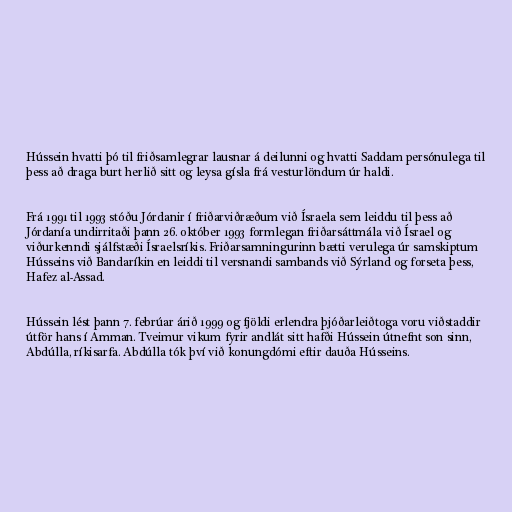
Hússein hvatti þó til friðsamlegrar lausnar á deilunni og hvatti Saddam persónulega til
þess að draga burt herlið sitt og leysa gísla frá vesturlöndum úr haldi.

Frá 1991 til 1993 stóðu Jórdanir í friðarviðræðum við Ísraela sem leiddu til þess að
Jórdanía undirritaði þann 26. október 1993 formlegan friðarsáttmála við Ísrael og
viðurkenndi sjálfstæði Ísraelsríkis. Friðarsamningurinn bætti verulega úr samskiptum
Hússeins við Bandaríkin en leiddi til versnandi sambands við Sýrland og forseta þess,
Hafez al-Assad.

Hússein lést þann 7. febrúar árið 1999 og fjöldi erlendra þjóðarleiðtoga voru viðstaddir
útför hans í Amman. Tveimur vikum fyrir andlát sitt hafði Hússein útnefnt son sinn,
Abdúlla, ríkisarfa. Abdúlla tók því við konungdómi eftir dauða Hússeins.